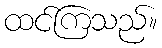
ထင်ကြသည်။